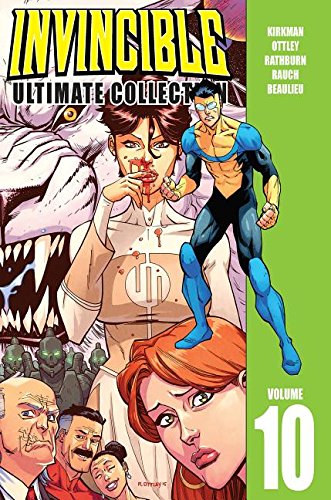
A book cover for Invincible Ultimate Collection Volume 10 (Invincible Ultimate Coll Hc); Robert Kirkman; Comics & Graphic Novels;